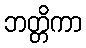
ဘတ္တိကာ